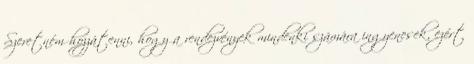
Szeretném hozzátenni, hogy a rendezvények mindenki számára ingyenesek, ezért